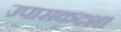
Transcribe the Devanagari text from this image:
उपासकदशा